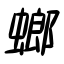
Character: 螂